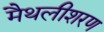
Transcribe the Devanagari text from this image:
मैथलीशरण